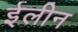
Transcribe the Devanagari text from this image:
ईलीन